NAE_EAA_P-1039_Kommunismi_Majak_kalurikolhoos, lk 15
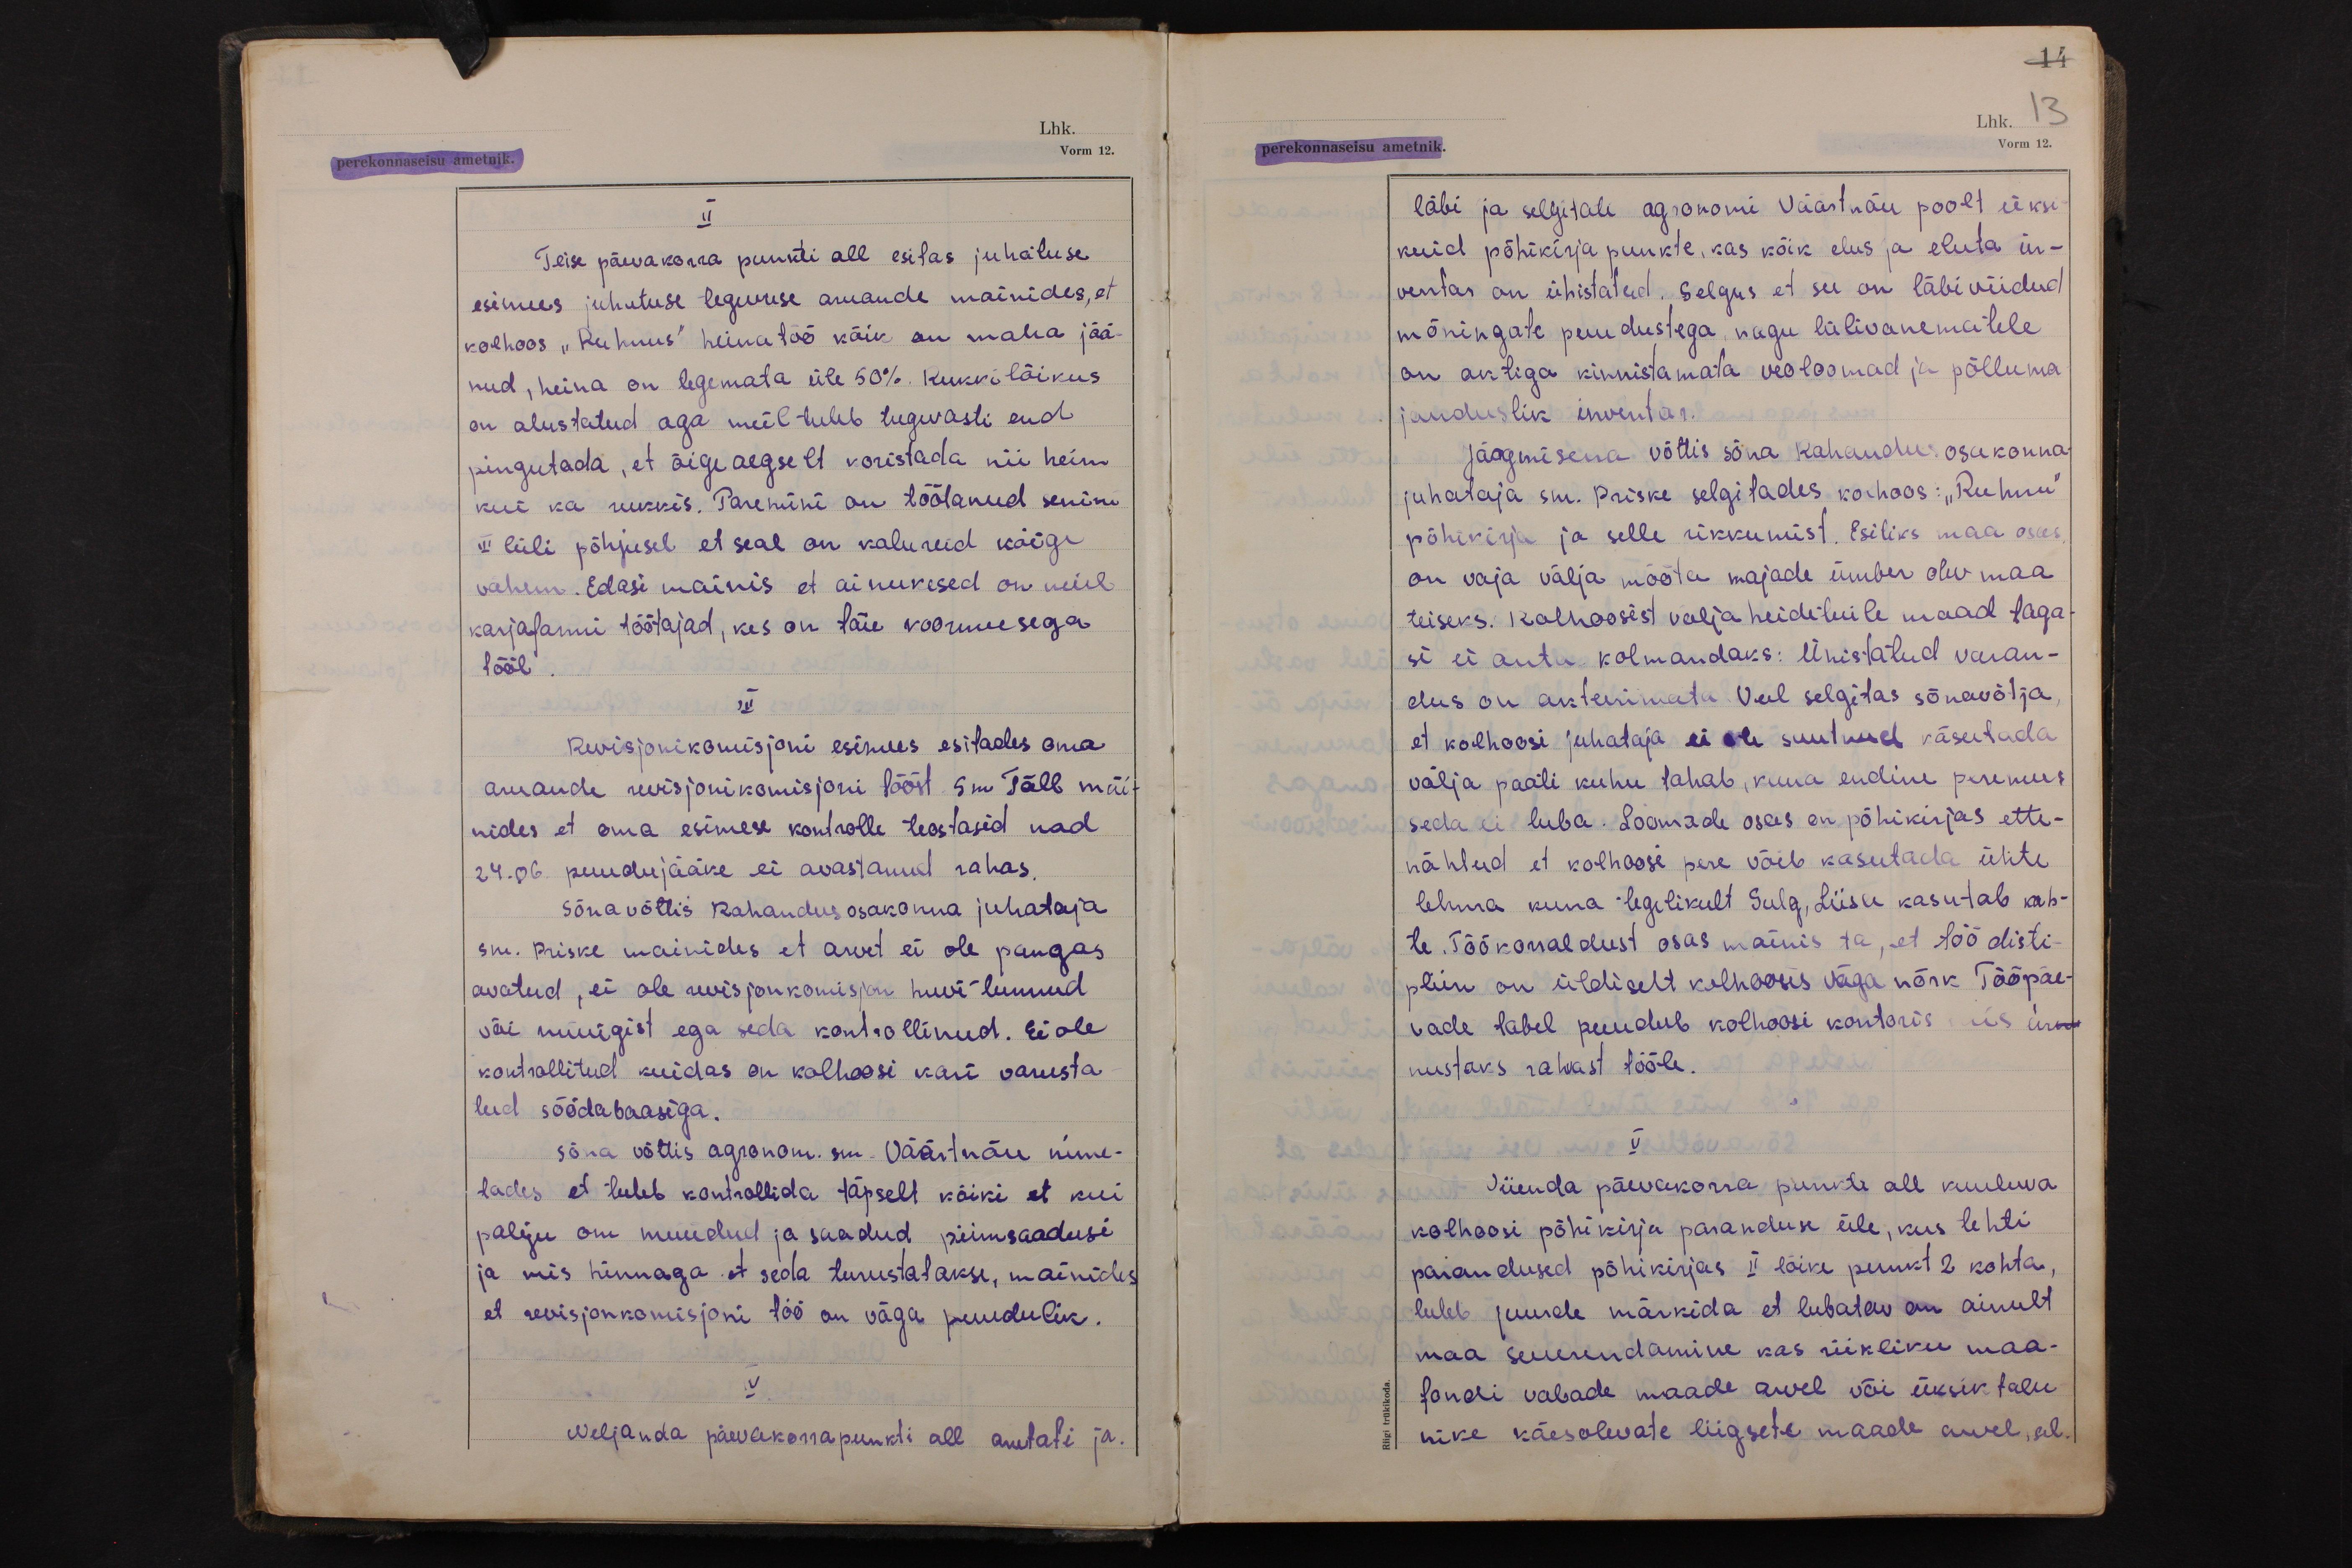
14
perekonnaseisu ametnik.
Lhk. 13
Vorm 12.

II
Teise päevakorra punkti all esitas juhatuse
esimees juhatuse tegevuse aruande mainides, et
kolhoos "Ruhnus" heinatöö kõik on maha jää-
nud, heina on tegemata üle 50%. Rukkilõikus
on alustatud aga meil tuleb tugevasti end
pingutada, et õigeaegselt koristada nii hein
kui ka rukkis. Paremini on töötanud senini
III lüli põhjusel et seal on kalureid kõige
vähem. Edasi mainis et ainukesed on meil
karjafarmi töötajad, kes on täie koormusega
tööl.
III
Revisjonikomisjoni esimees esitades oma
aruande revisjonikomisjoni tööst sm Täll mäi-
nides et oma esimese kontrolli teostasid nad
24.06 puudujääke ei avastanud rahas.
Sõna võttis Rahandusosakonna juhataja
sm. Priske mainides et arvet ei ole pangas
avatud, ei ole revisjonkomisjon huvi tunnud
või müügist ega seda kontrollinud. Ei ole
kontrollitud kuidas on kolhoosi kari varusta-
tud söödabaasiga.
Sõna võttis agronom. sm. Väärtnõu nime-
tades et tuleb kontrollida täpselt kõiki et kui
palju on müüdud ja saadud piimsaadusi
ja mis hinnaga et seda turustatakse, mainides
et revisjonkomisjoni töö on väga puudulik.
IV
Neljanda päevakorrapunkti all arutati ja.

läbi ja selgitati agronomi Väärtnõu poolt üksi-
kuid põhikirja punkte, kas kõik elus ja eluta in-
ventar on ühistatud. Selgus et see on läbi viidud
mõningate puudustega, nagu lülivanematele
on aktiga kinnistamata veoloomad ja põlluma-
janduslik inventar.
Järgmisena võttis sõna Rahandusosakonna-
juhataja sm. Priske selgitades kolhoos: "Ruhnu"
põhikirja ja selle rikkumist. Esitiks maa osas,
on vaja välja mõõta majade ümber olev maa
teiseks: Kolhoosist välja heidetuile maad taga-
si ei anta, kolmandaks: Ühistatud varan-
dus on akteerimata. Veel selgitas sõnavõtja,
et kolhoosi juhataja ei ole suutnud käsutada
välja paati kuhu tahab, kuna endine peremees
seda ei luba. Loomade osas on põhikirjas ette-
nähtud et kolhoosi pere võib kasutada ühte
lehma kuna tegelikult Sulg, Liisa kasutab kah-
te. Töökorraldust osas mainis ta, et töö disti-
pliin on üldiselt kolhoosis väga nõrk Tööpäe-
vade tabel puudub kolhoosi kontoris mis innu
nustaks rahvast tööle.
V
Viienda päevakorra punkti all kuuluva
kolhoosi põhikirja paranduse üle, kus tehti
parandused põhikirjas II lõike punkt 2 kohta,
tuleb juurde märkida, et lubatav on ainult
maa suurendamine kas riikliku maa-
fondi vabade maade arvel või üksiktalu
nike käesolevate liigsete maade arvel, sel.